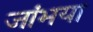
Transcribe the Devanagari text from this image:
जांभया